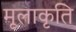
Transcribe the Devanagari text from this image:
मूलाकृति